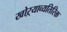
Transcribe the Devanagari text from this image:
खोऱ्याव्यतिरिक्त